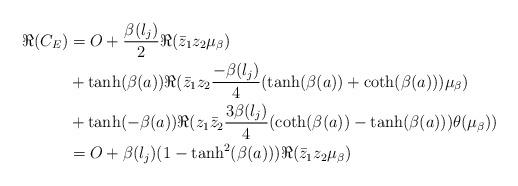
LaTeX: \begin{align*}\Re(C_E) & = O+\frac{\beta(l_j)}{2} \Re(\bar{z}_1z_2\mu_{\beta}) \\& + \tanh(\beta(a))\Re(\bar{z}_1z_2\frac{-\beta(l_j)}{4}(\tanh(\beta(a))+\coth(\beta(a)))\mu_{\beta}) \\& + \tanh(-\beta(a))\Re(z_1\bar{z}_2\frac{3\beta(l_j)}{4}(\coth(\beta(a))-\tanh(\beta(a)))\theta(\mu_{\beta})) \\& = O+\beta(l_j)(1-\tanh^2(\beta(a)))\Re(\bar{z}_1z_2\mu_{\beta}) \end{align*}